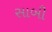
સાબી